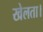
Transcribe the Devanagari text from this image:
खेलता।